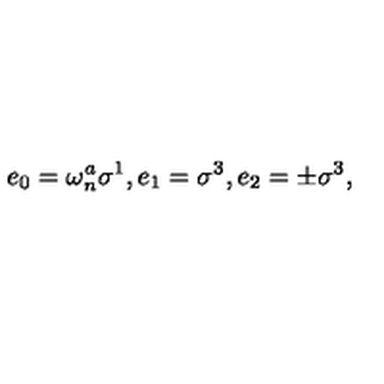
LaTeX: e _ { 0 } = \omega _ { n } ^ { a } \sigma ^ { 1 } , e _ { 1 } = \sigma ^ { 3 } , e _ { 2 } = \pm \sigma ^ { 3 } ,